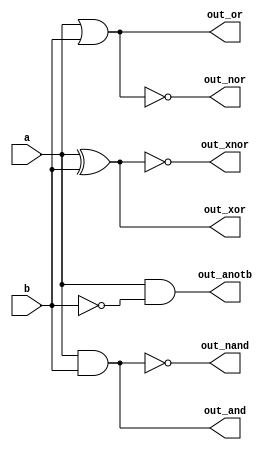
module top_module ( 
    input wire a,
    input wire b,
    output wire out_and,
    output wire out_or,
    output wire out_xor,
    output wire out_nand,
    output wire out_nor,
    output wire out_xnor,
    output wire out_anotb
);
    // Combine a and b using various logic operations
    assign out_and = a & b;
    assign out_or = a | b;
    assign out_xor = a ^ b;
    assign out_nand = ~(a & b);
    assign out_nor = ~(a | b);
    assign out_xnor = ~(a ^ b);
    assign out_anotb = a & ~b;
endmodule